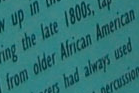
from older African American